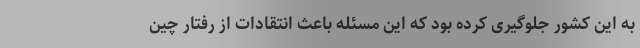
به این کشور جلوگیری کرده بود که این مسئله باعث انتقادات از رفتار چین